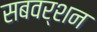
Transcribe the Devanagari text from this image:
सबवर्शन